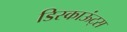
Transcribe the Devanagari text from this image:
डिस्काऊंट्स